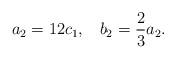
LaTeX: \begin{align*}a_2 = 12c_1, \;\;\; b_2 = \frac{2}{3}a_2 .\end{align*}